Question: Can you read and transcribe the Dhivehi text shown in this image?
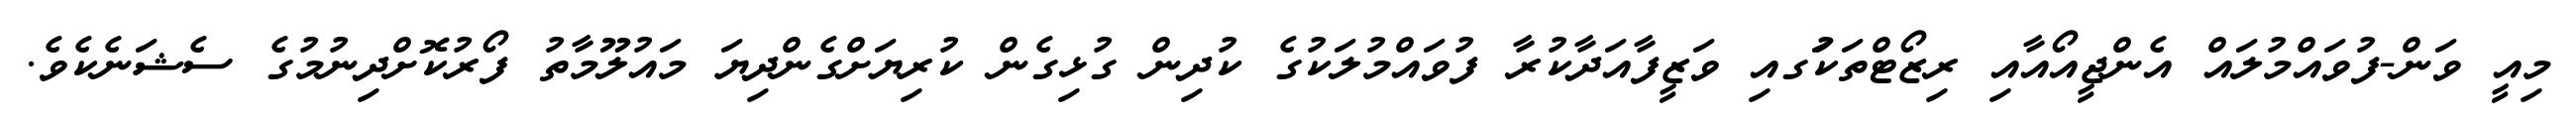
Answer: މިއީ ވަން-ފުވައްމުލައް އެންޖީއޯއާއި ރިޒޯޓްތަކުަގއި ވަޒީފާއަދާކުރާ ފުވައްމުލަކުގެ ކުދިން ގުޅިގެން ކުރިޔަށްގެންދިޔަ މައުލޫމާތު ފޯރުކޮށްދިނުމުގެ ސެޝަނެކެވެ.